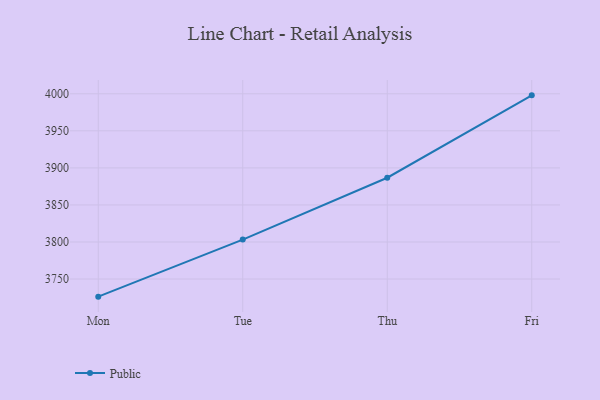
{"axis": {"x": "Day", "y": "Production Output"}, "legend": ["Public"], "data": [{"x": "Mon", "y": 3726.2, "type": "Public"}, {"x": "Tue", "y": 3803.2, "type": "Public"}, {"x": "Thu", "y": 3886.7, "type": "Public"}, {"x": "Fri", "y": 3997.9, "type": "Public"}]}